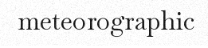
meteorographic